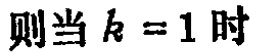
则当 \(k = 1\) 时